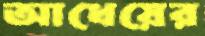
আধেয়ের